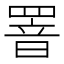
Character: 罯